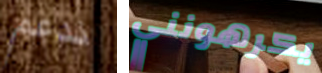
ندعم يكرهونني